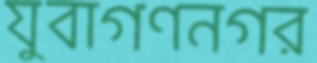
যুবাগণনগর